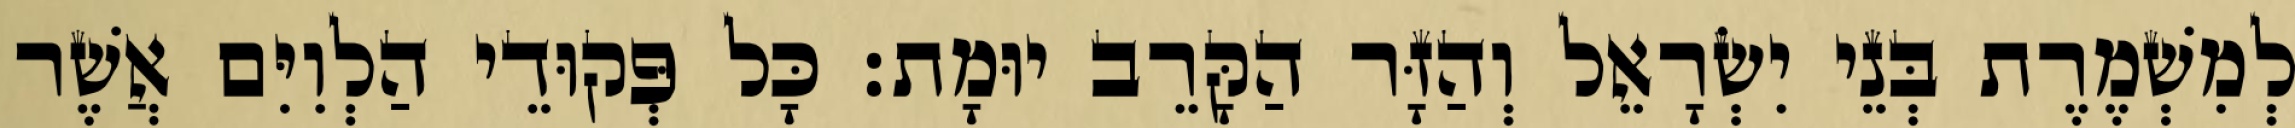
לְמִשְׁמֶרֶת בְּנֵי יִשְׂרָאֵל וְהַזָּר הַקָּרֵב יוּמָת׃ כָּל פְּקוּדֵי הַלְוִיִּם אֲשֶׁר